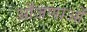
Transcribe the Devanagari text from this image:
आँजणाओं